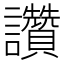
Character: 讚